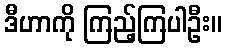
ဒီဟာကို ကြည့်ကြပါဦး။